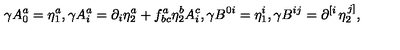
\gamma A _ { 0 } ^ { a } = \eta _ { 1 } ^ { a } , \gamma A _ { i } ^ { a } = \partial _ { i } \eta _ { 2 } ^ { a } + f _ { b c } ^ { a } \eta _ { 2 } ^ { b } A _ { i } ^ { c } , \gamma B ^ { 0 i } = \eta _ { 1 } ^ { i } , \gamma B ^ { i j } = \partial ^ { \left[ i \right. } \eta _ { 2 } ^ { \left. j \right] } ,